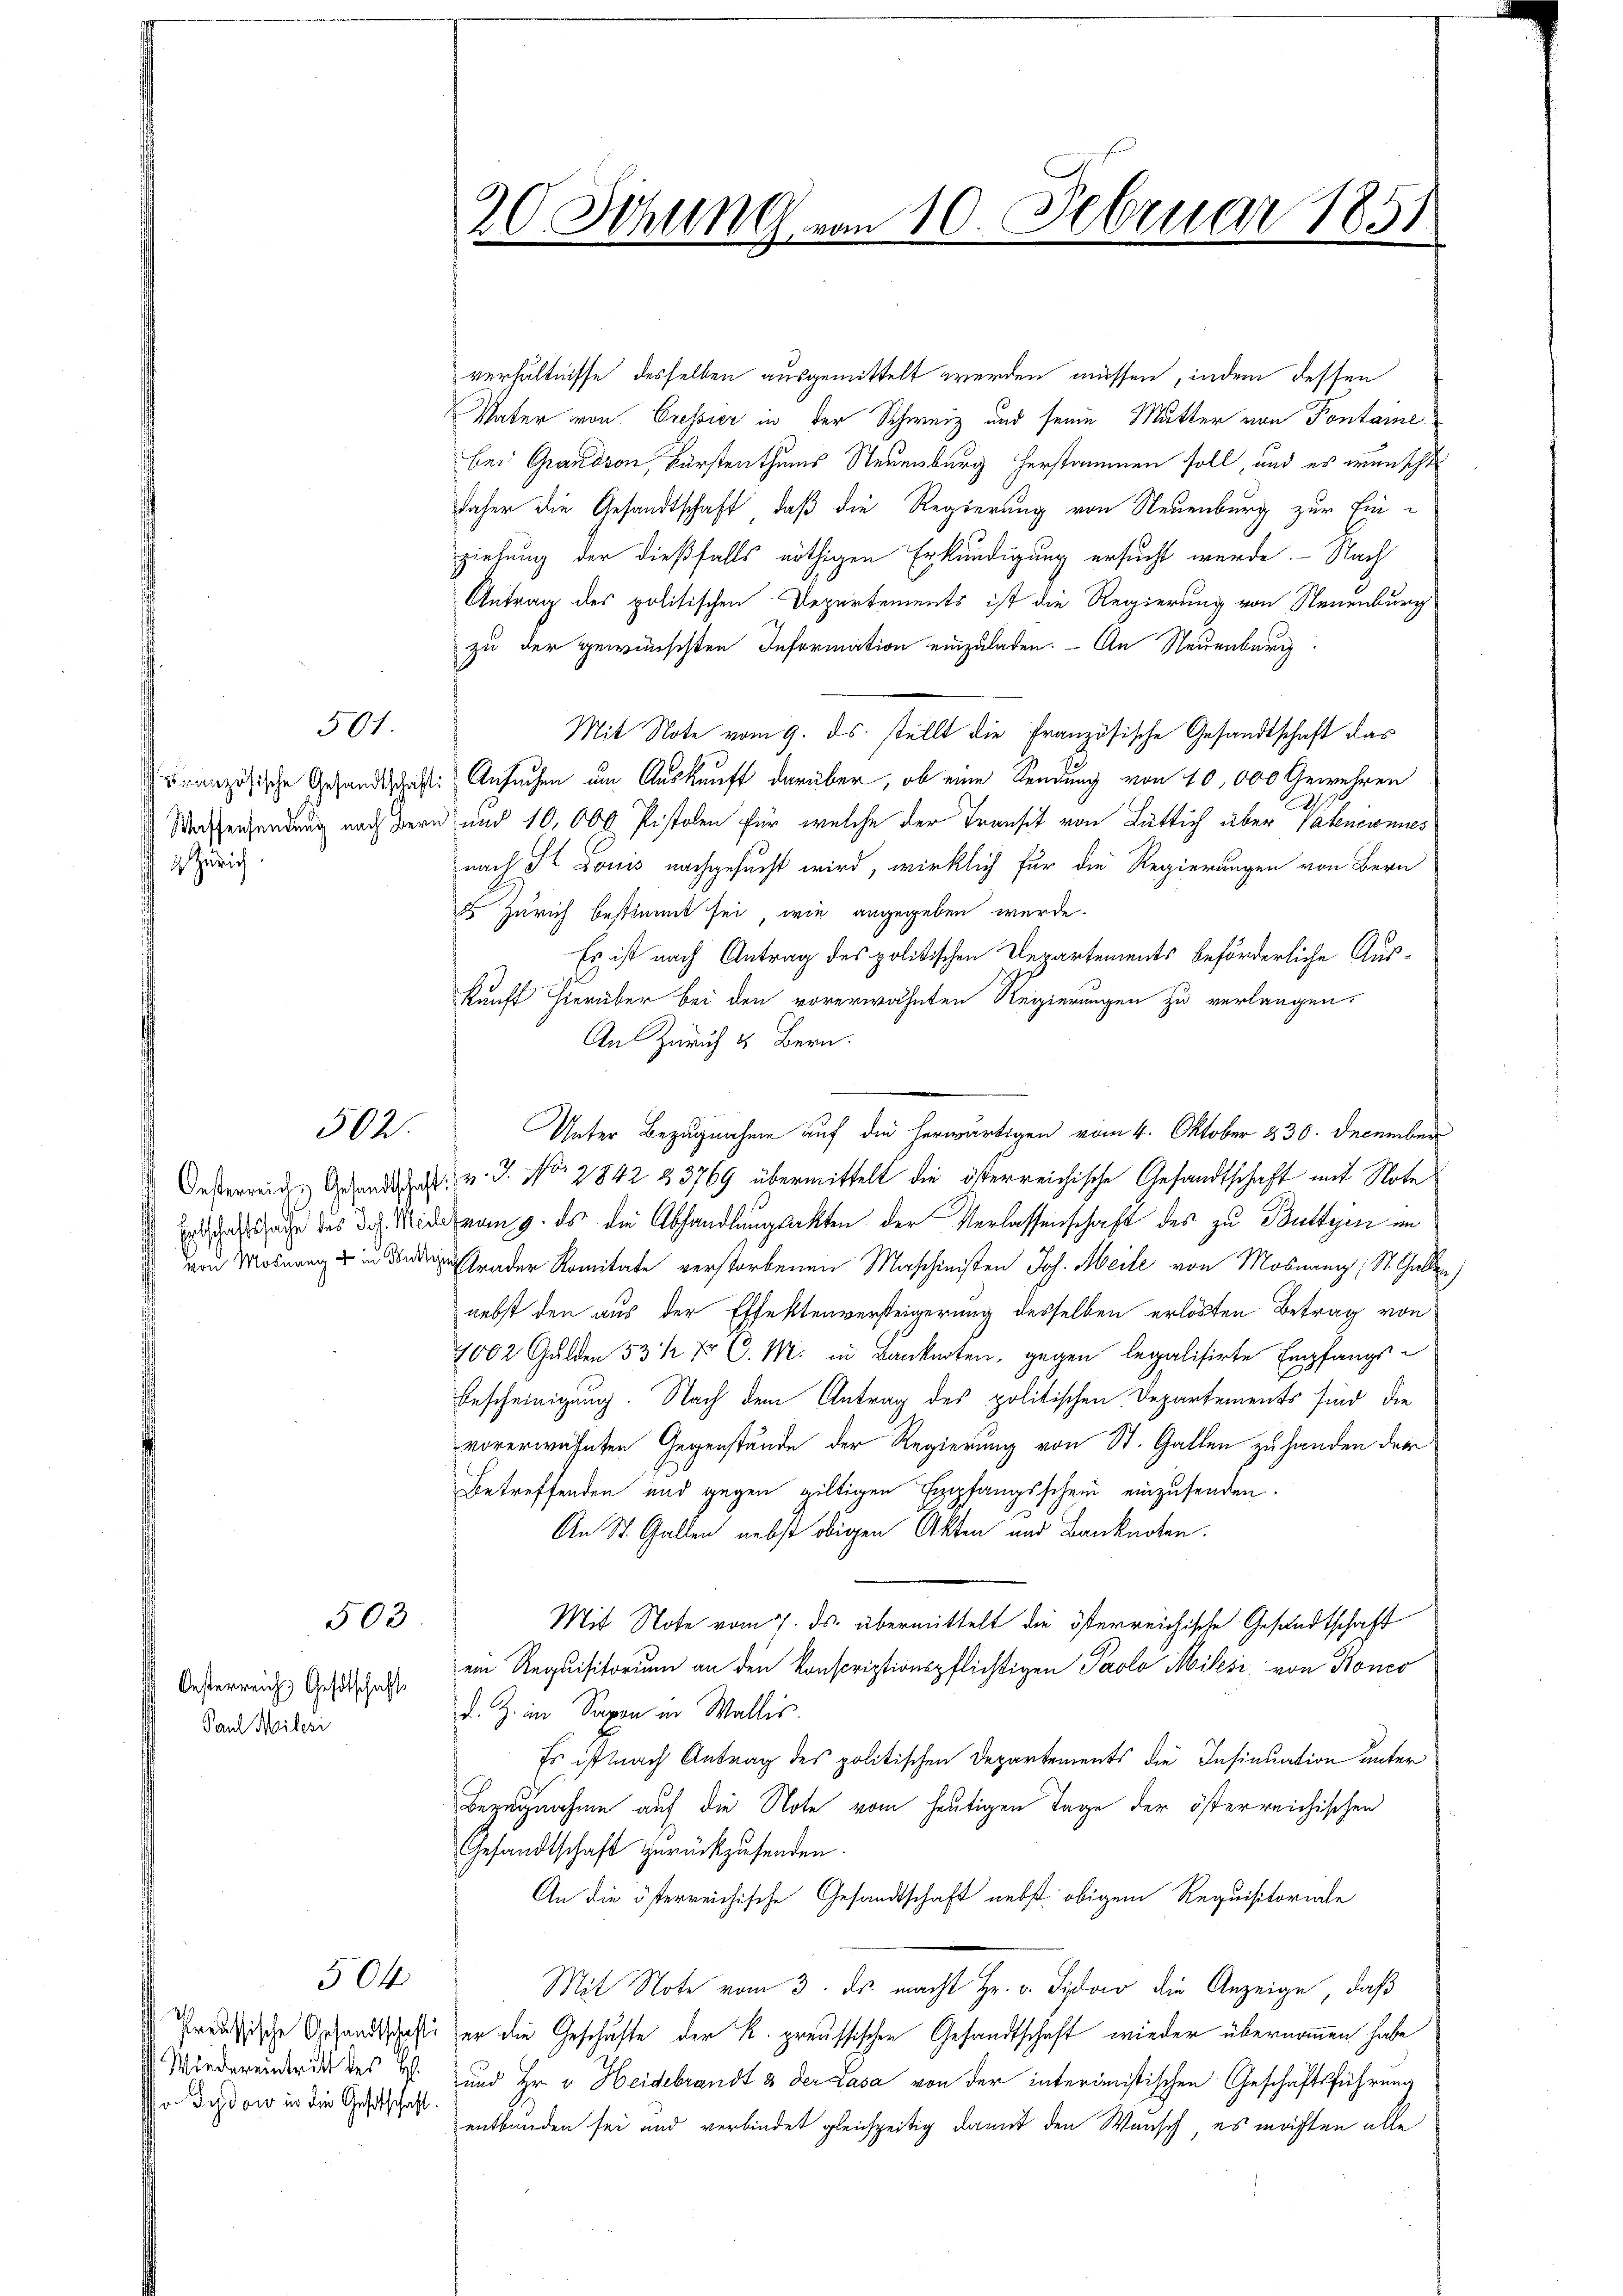
uranzösische Gesandtschaft
 Waffensendung nach Bern
 Gerich

Oesterreich Gesetschaft
Paul Milesi

501

502.

Oesterreichs Gesandtschaft
Entschaftssache des Joh. Meil
von Mosnang u. in Butte

Preussische Gesandtschafti
Wiedereintritt des H.
v. Sedow in die Gesetschaft

504

503

20. Sitzung von 10. Februar 1851

verhältnisse desselben ausgemittelt werden müssen, indem dessen
Vater von Cressier in der Schweiz und seine Mutter von Pontare
bei Grandson, Fürstenthums Steuenburg herstammen soll, und es wünscht
daher die Gesandtschaft, daß die Regierung von Neuenburg zur Einziehung der dießfalls nöthigen Erkundigung ersucht werde. Nach
Antrag des politischen Departements ist die Regierung von Neuenburg
zu der gewünschten Information einzuladen. - An Neuenburg
Mit Note vom 9. ds. stellt die Französische Gesandtschaft das
Ansuchen um Auskunft darüber, ob eine Sendung von 10,000 Gewehren
und 10,000 Pistolen für welche der Transit von Lüttich über Valenennes
nach St. Louis nachgesucht wird, wirklich für die Regierungen von Bern
8 Zürich bestimmt sei, wie angegeben würde.
Es ist nach Antrag des politischen Departements beförderliche Auskunft hierüber bei den vorerwähnten Regierungen zu verlangen.
An Zürich & Bern.
Unter Bezugnahme auf die herwärtigen vom 4. Oktober 330. December
 v. J. No 2842 23769 übermittelt die österreichische Gesandtschaft mit Note
dvom 9. ds die Abhandlungsakten der Verlassenschaft des zu Buttyen im
Grader Komitate verstorbenen Maschinisten Joh. Meile von Mosnang; St. Gallen
nebst den aus der Effektenversteigerung desselben erlösten Betrag von
1002 Gulden 53 ½ Xr C. M. in Banknoten, gegen legalisirte Empfangs¬
Bescheinigung. Nach dem Antrag des politischen Departements sind die
vorerwähnten Gegenstände der Regierung von St. Gallen zu handen der
Betreffenden und gegen giltigen Empfangsschein einzusenden.
An St. Gallen nebst obigen Akten und Banknoten.
Mit Note vom 7. ds. übermittelt die österreichische Gesandtschaft
ein Requisitorium an den konscriptionspflichtigen Paolo Milesi von Konco
d. Z. im Saxon in Wallis
Es ist nach Antrag des politischen Departements die Insinuation unter
Bezugnahme auf die Note vom heutigen Tage der österreichischen
Gesandtschaft zurückzusenden
An die österreichische Gesandtschaft nebst obigem Requisitoriale
Mit Note vom 3. ds. macht Hr. v. Sidono die Anzeige, daß
er die Geschäfte der K. preussischen Gesandtschaft wieder übernommen habe
und Hr. v. Heidebrandt & der Lasa von der interimistischen Geschäftsführung
entbunden sei und verbindet gleichzeitig damit den Wunsch, es möchten alle